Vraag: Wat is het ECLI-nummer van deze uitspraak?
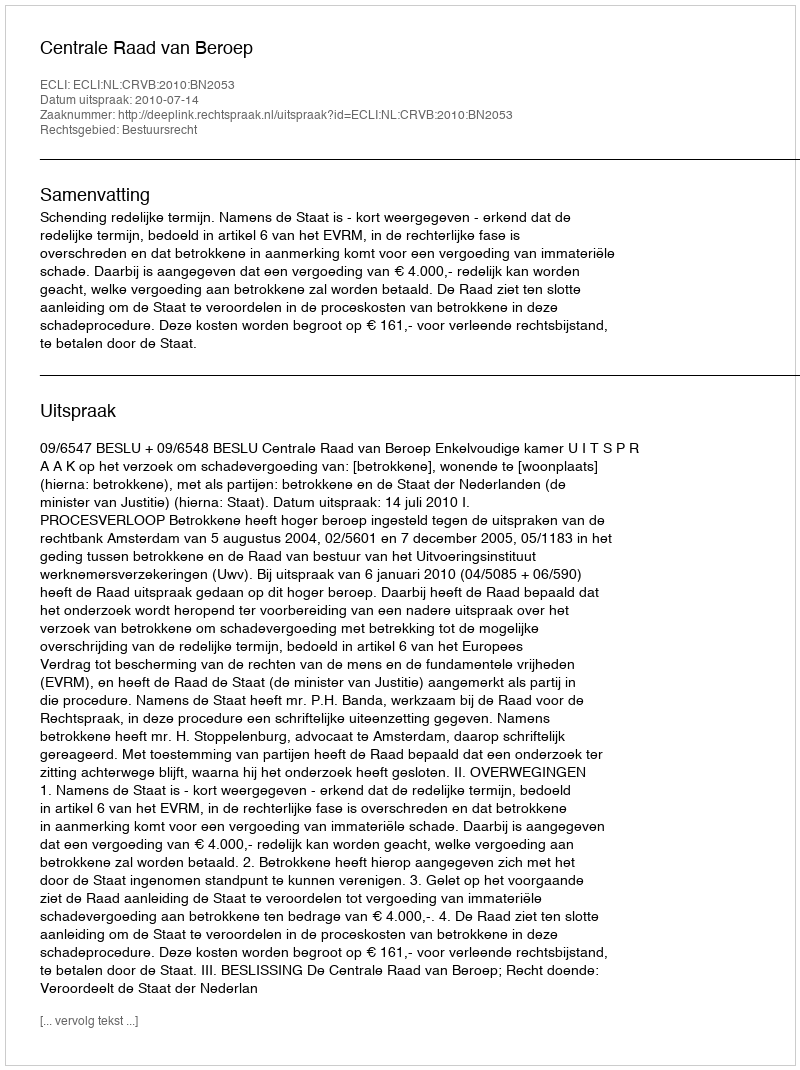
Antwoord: ECLI:NL:CRVB:2010:BN2053